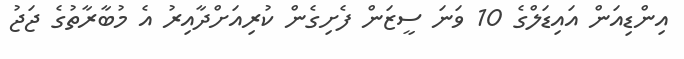
އިންޑިއަން އައިޑަލްގެ 10 ވަނަ ސީޒަން ފެށިގެން ކުރިއަށްދާއިރު އެ މުބާރާތުގެ ޖަޖު